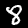
Digit: 8